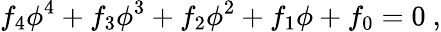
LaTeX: f_{4}\phi^{4}+f_{3}\phi^{3}+f_{2}\phi^{2}+f_{1}\phi+f_{0}=0\ ,